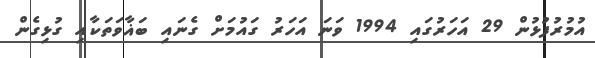
އުމުރުފުޅުން 29 އަހަރުގައި 1994 ވަނަ އަހަރު ގައުމަށް ގެނައި ބަޣާވަތަކާއި ގުޅިގެން